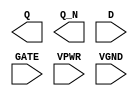
module sky130_fd_sc_hs__dlxbp (
    Q   ,
    Q_N ,
    D   ,
    GATE,
    VPWR,
    VGND
);

    output Q   ;
    output Q_N ;
    input  D   ;
    input  GATE;
    input  VPWR;
    input  VGND;
endmodule